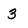
Character: 3